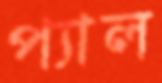
প্যাল